Liigvalla_vallavalitsus, lk 96
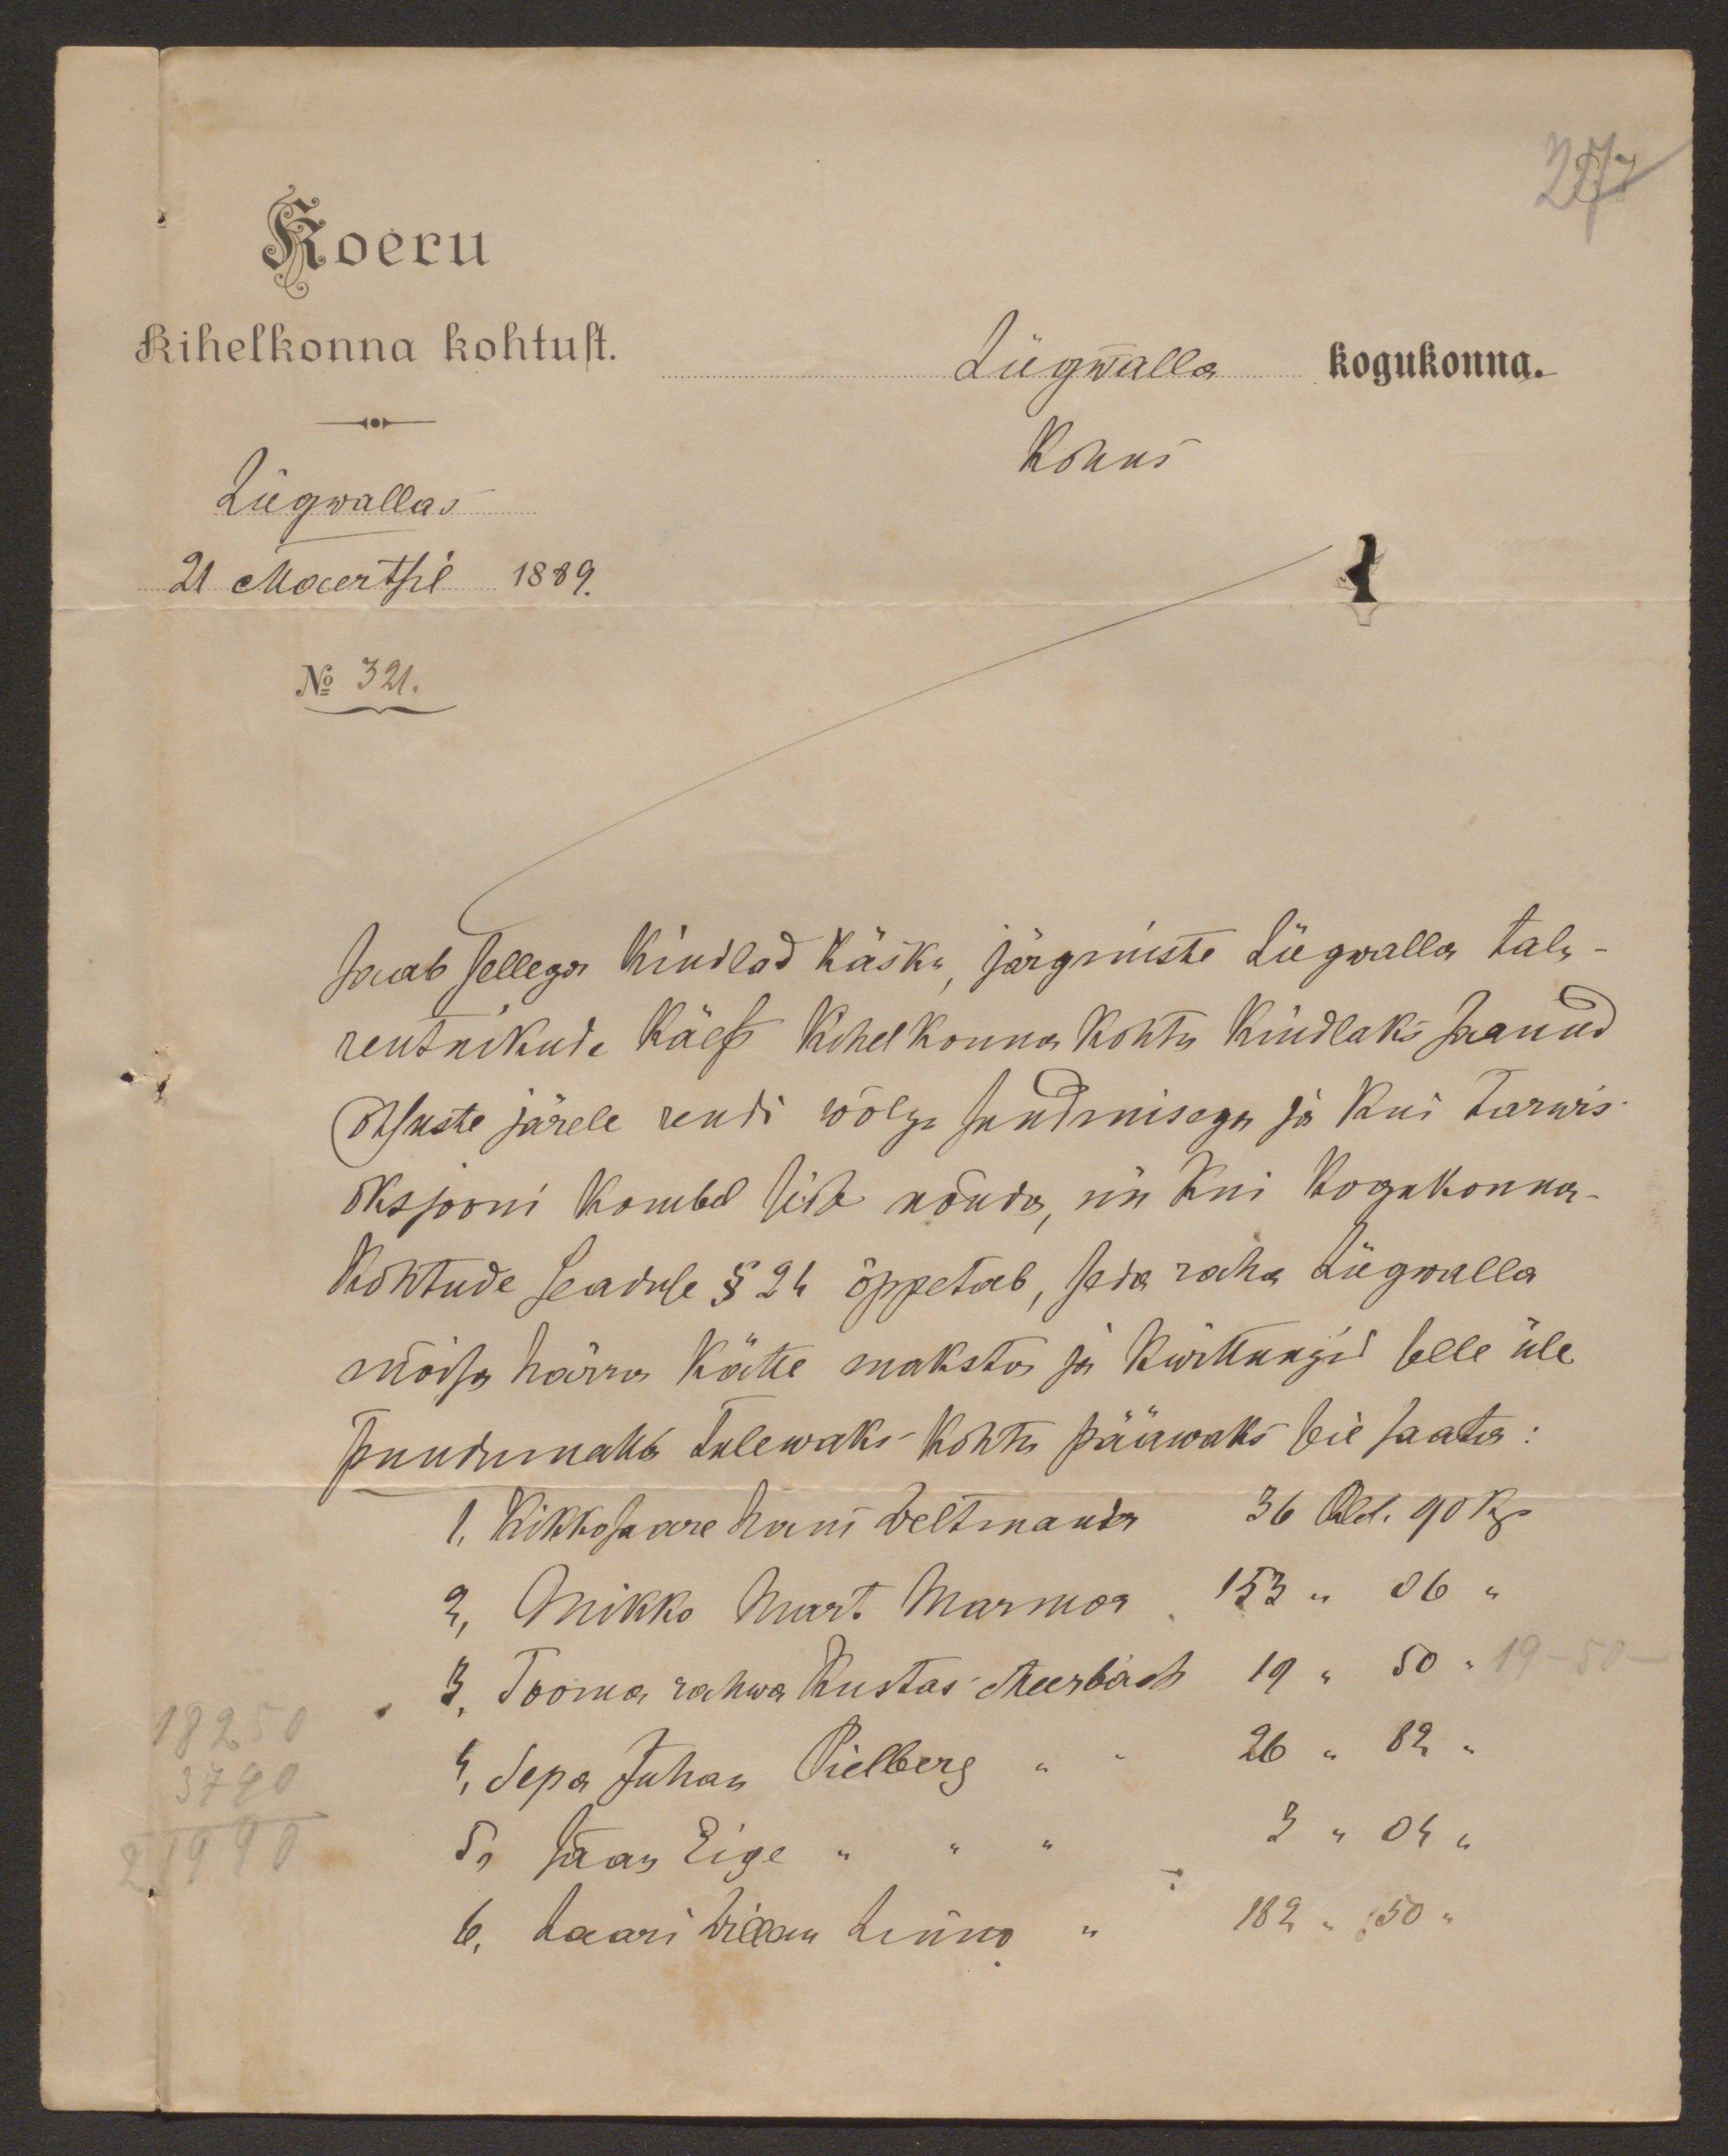
Koeru
Kihelkonna kohtust.
Liigwallas
21 Maertsil 1889.
No 321.

Liigwalla kogukonna.
kohus

saab sellega kindlad käsku, järgmiste Liigwalla talu-
rentnikude käest kihelkonna kohtu kindlaks saanud
otsuste järele rendi wõlgu sundmisega ja kui tarwis
oksjooni kombel sisse nõuda, nii kui kogukonna-
kohtude seaduse § 24 õppetab, seda raha Liigwalla
mõisa härra kätte maksta ja kwittungid selle üle
puudumatta tulewaks kohtu pääwaks seie saata:
1, Kikkosaare Hans Weltmander 36 Rbl. 90 kp
2, Mikko Mart Marmor 153 " 06 "
3, Tooma rahwa Kustas Meerbach 19 " 50 "
19-50-
18250
3740
4, Sepa Juhan Pielberg " " 26 " 82 "
21990
5, Jaan Eige " " " 3 " 04 "
6, Laari Willam Linno " 182 " 50 "